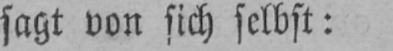
sagt von sich selbst: